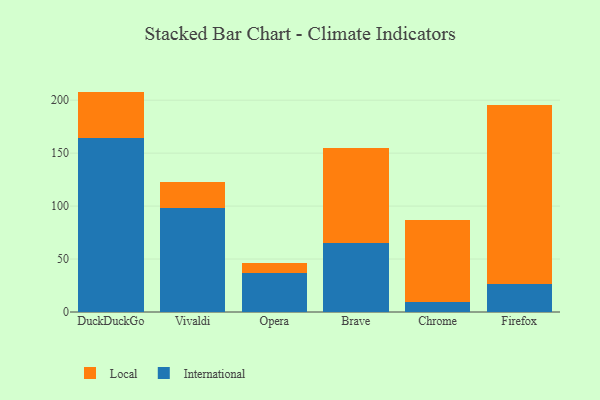
{"axis": {"x": "Browser", "y": "Inventory Turnover"}, "legend": ["International", "Local"], "data": [{"x": "DuckDuckGo", "y": 163.9, "type": "International"}, {"x": "DuckDuckGo", "y": 44.2, "type": "Local"}, {"x": "Vivaldi", "y": 98.1, "type": "International"}, {"x": "Vivaldi", "y": 24.6, "type": "Local"}, {"x": "Opera", "y": 37.2, "type": "International"}, {"x": "Opera", "y": 9.3, "type": "Local"}, {"x": "Brave", "y": 65.5, "type": "International"}, {"x": "Brave", "y": 89.7, "type": "Local"}, {"x": "Chrome", "y": 9.5, "type": "International"}, {"x": "Chrome", "y": 77.0, "type": "Local"}, {"x": "Firefox", "y": 26.3, "type": "International"}, {"x": "Firefox", "y": 168.9, "type": "Local"}]}